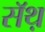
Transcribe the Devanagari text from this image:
सॅथ़